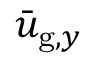
\bar { u } _ { \mathrm { g } , y }